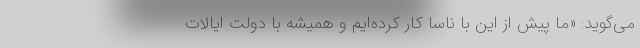
می‌گوید: «ما پیش از این با ناسا کار کرده‌ایم و همیشه با دولت ایالات